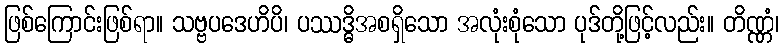
ဖြစ်ကြောင်းဖြစ်ရာ။ သဗ္ဗပဒေဟိပိ၊ ပဿဒ္ဓိအစရှိသော အလုံးစုံသော ပုဒ်တို့ဖြင့်လည်း။ တိဏ္ဏံ၊